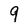
Character: 9